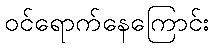
ဝင်ရောက်နေကြောင်း